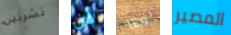
تشربين بأن نوعا المصير